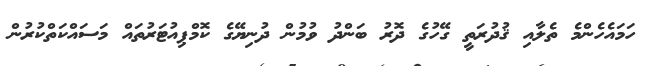
ހަމައެހެންމެ ތެލާއި ޤުދުރަތީ ގޭހުގެ ދޮރު ބަންދު ވުމުން ދުނިޔޭގެ ކޮމްޕިއުޓަރުތައް މަސައްކަތްކުރުން